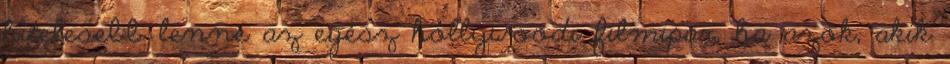
hitelesebb lenne az egész hollywoodi filmipar, ha azok, akik